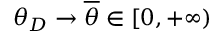
\theta _ { D } \to \overline { \theta } \in [ 0 , + \infty )